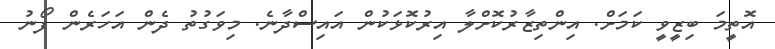
އޮތީމަ ބިޒީވީ ކަމަށް. އިންތިޒާރުކޮށްލާ އިރުކޮޅަކުން އައިސްދާނެ. މިވަގުތު ދެން އަހަރެން ފޯނު